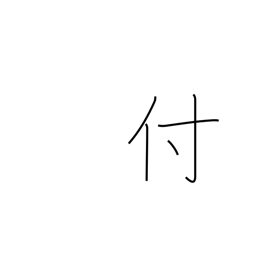
Meaning: adhere